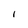
Character: I